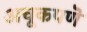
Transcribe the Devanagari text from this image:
अचूकपणॆ